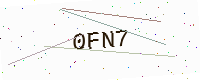
Text: 0FN7